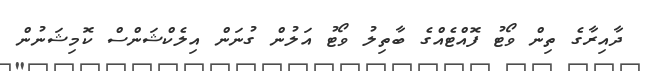
ދާއިރާގެ ތިން ވޯޓު ފޮއްޓެއްގެ ބާތިލު ވޯޓު އަލުން ގުނަން އިލެކްޝަންސް ކޮމިޝަނުން